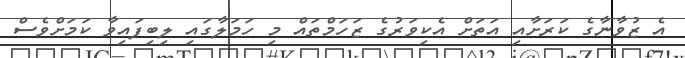
އެ ޒުވާނާގެ ކަރަށާއި އަތަށް އެކިވަރުގެ ޒަހަމްތައް މި ހަމަލާގައި ލިބިފައިވާ ކަމަށްވެސް